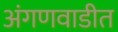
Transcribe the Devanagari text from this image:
अंगणवाडीत